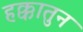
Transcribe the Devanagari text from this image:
हक्कातुन